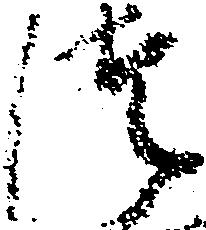
つ